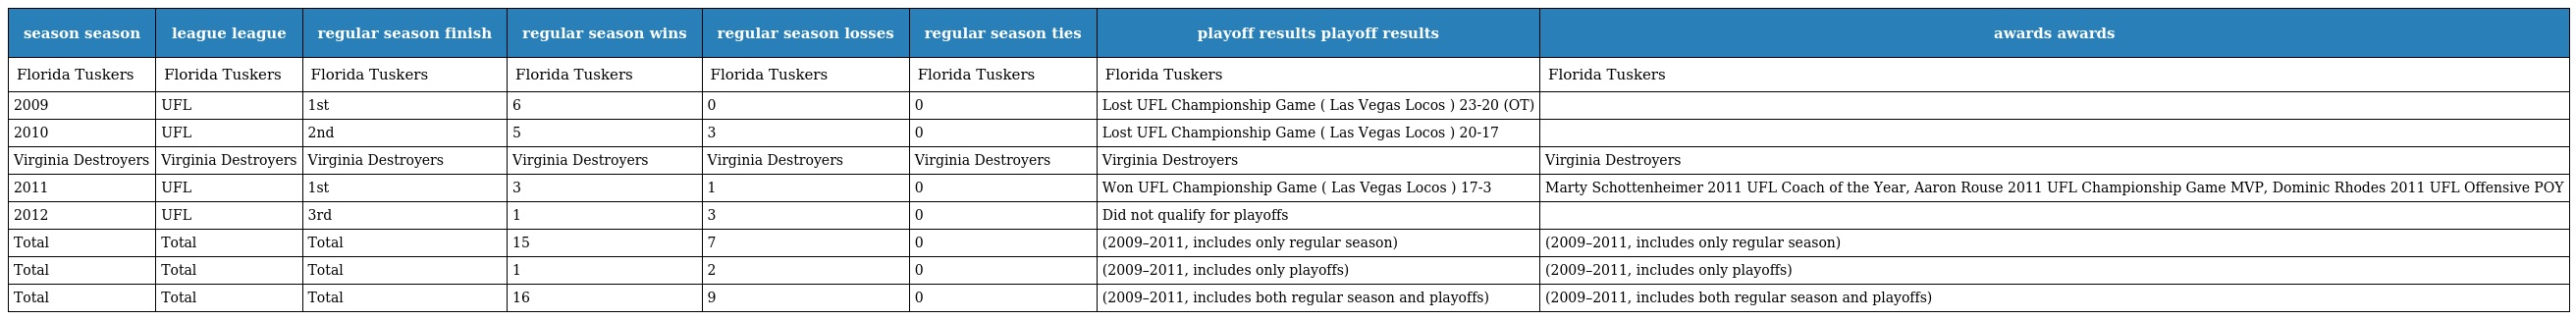
| season season | league league | regular season finish | regular season wins | regular season losses | regular season ties | playoff results playoff results | awards awards |
 | --- | --- | --- | --- | --- | --- | --- | --- |
 | Florida Tuskers | Florida Tuskers | Florida Tuskers | Florida Tuskers | Florida Tuskers | Florida Tuskers | Florida Tuskers | Florida Tuskers |
 | 2009 | UFL | 1st | 6 | 0 | 0 | Lost UFL Championship Game ( Las Vegas Locos ) 23-20 (OT) |  |
 | 2010 | UFL | 2nd | 5 | 3 | 0 | Lost UFL Championship Game ( Las Vegas Locos ) 20-17 |  |
 | Virginia Destroyers | Virginia Destroyers | Virginia Destroyers | Virginia Destroyers | Virginia Destroyers | Virginia Destroyers | Virginia Destroyers | Virginia Destroyers |
 | 2011 | UFL | 1st | 3 | 1 | 0 | Won UFL Championship Game ( Las Vegas Locos ) 17-3 | Marty Schottenheimer 2011 UFL Coach of the Year, Aaron Rouse 2011 UFL Championship Game MVP, Dominic Rhodes 2011 UFL Offensive POY |
 | 2012 | UFL | 3rd | 1 | 3 | 0 | Did not qualify for playoffs |  |
 | Total | Total | Total | 15 | 7 | 0 | (2009–2011, includes only regular season) | (2009–2011, includes only regular season) |
 | Total | Total | Total | 1 | 2 | 0 | (2009–2011, includes only playoffs) | (2009–2011, includes only playoffs) |
 | Total | Total | Total | 16 | 9 | 0 | (2009–2011, includes both regular season and playoffs) | (2009–2011, includes both regular season and playoffs) |